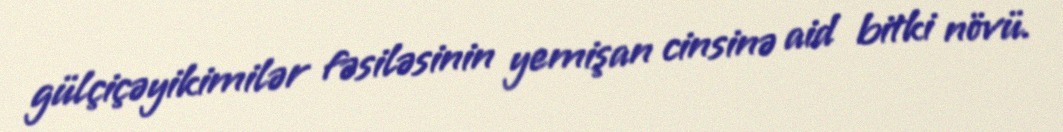
gülçiçəyikimilər fəsiləsinin yemişan cinsinə aid bitki növü.